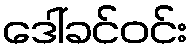
ဒေါ်ခင်ဝင်း